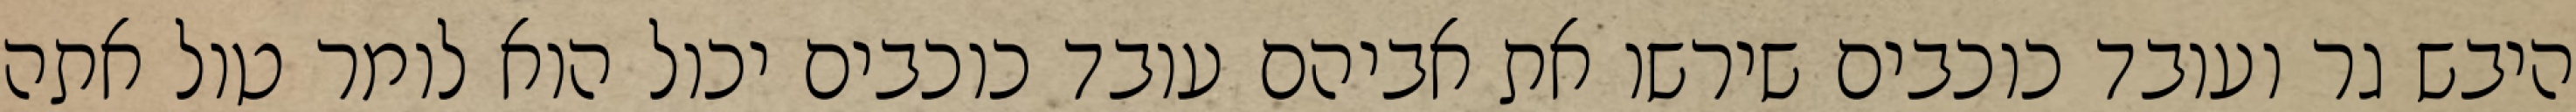
היבש גר ועובד כוכבים שירשו את אביהם עובד כוכבים יכול הוא לומר טול אתה